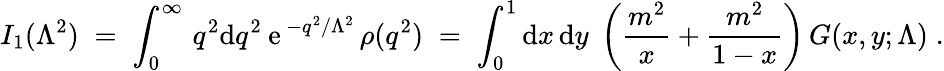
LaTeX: I_{1}(\Lambda^{2})\; =\; \int_{0}^{\infty}\, q^{2}\mathrm{d}q^{2}\: \mathrm{e}\, ^{-q^{2}/\Lambda^{2}}\, \rho(q^{2})\; =\; \int_{0}^{1}\mathrm{d}x\, \mathrm{d}y\; \left(\frac{m^{2}}{x}+\frac{m^{2}}{1-x}\right)\, G(x,y;\Lambda)\; .